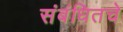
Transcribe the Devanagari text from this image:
संबंधितचे